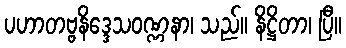
ပဟာတဗ္ဗနိဒ္ဒေသဝဏ္ဏနာ၊ သည်။ နိဋ္ဌိတာ၊ ပြီ။